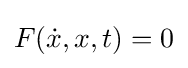
F({\dot {x}},x,t)=0